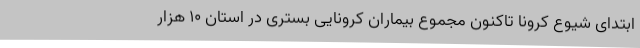
ابتدای شیوع کرونا تاکنون مجموع بیماران کرونایی بستری در استان 10 هزار